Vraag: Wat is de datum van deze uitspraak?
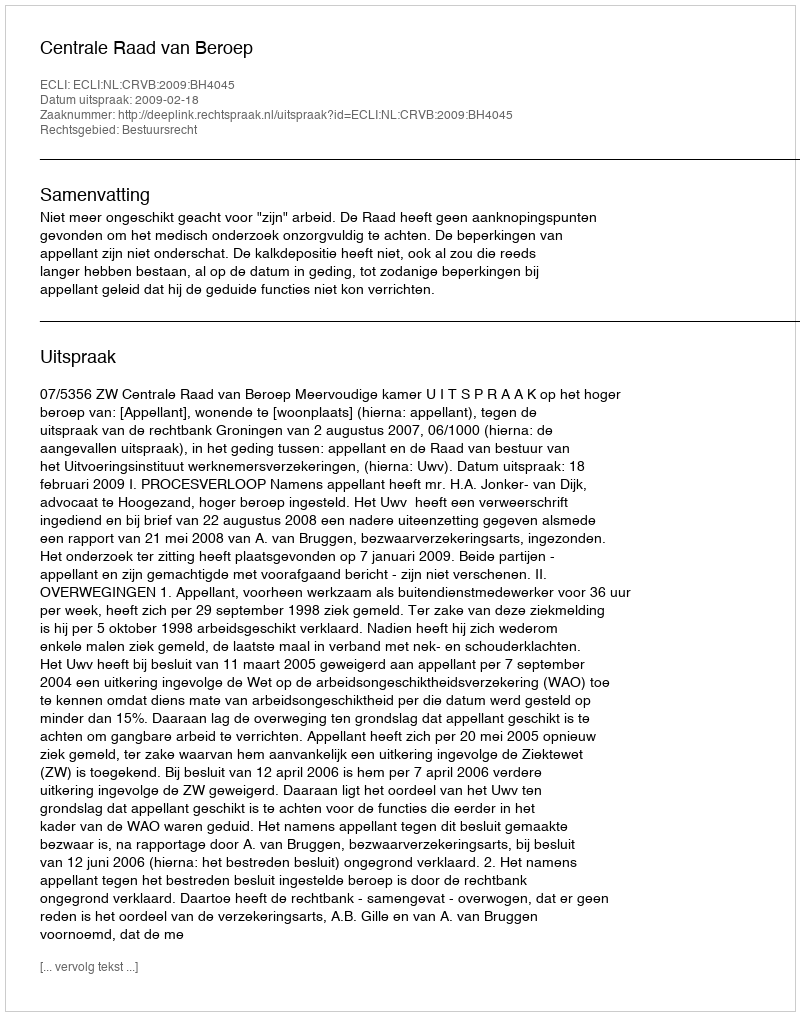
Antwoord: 2009-02-18